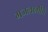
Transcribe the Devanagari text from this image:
गजलक्ष्मीचे